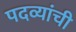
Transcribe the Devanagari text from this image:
पदव्यांची